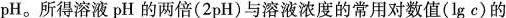
pH。所得溶液pH的两倍(2pH)与溶液浓度的常用对数值(lg c)的